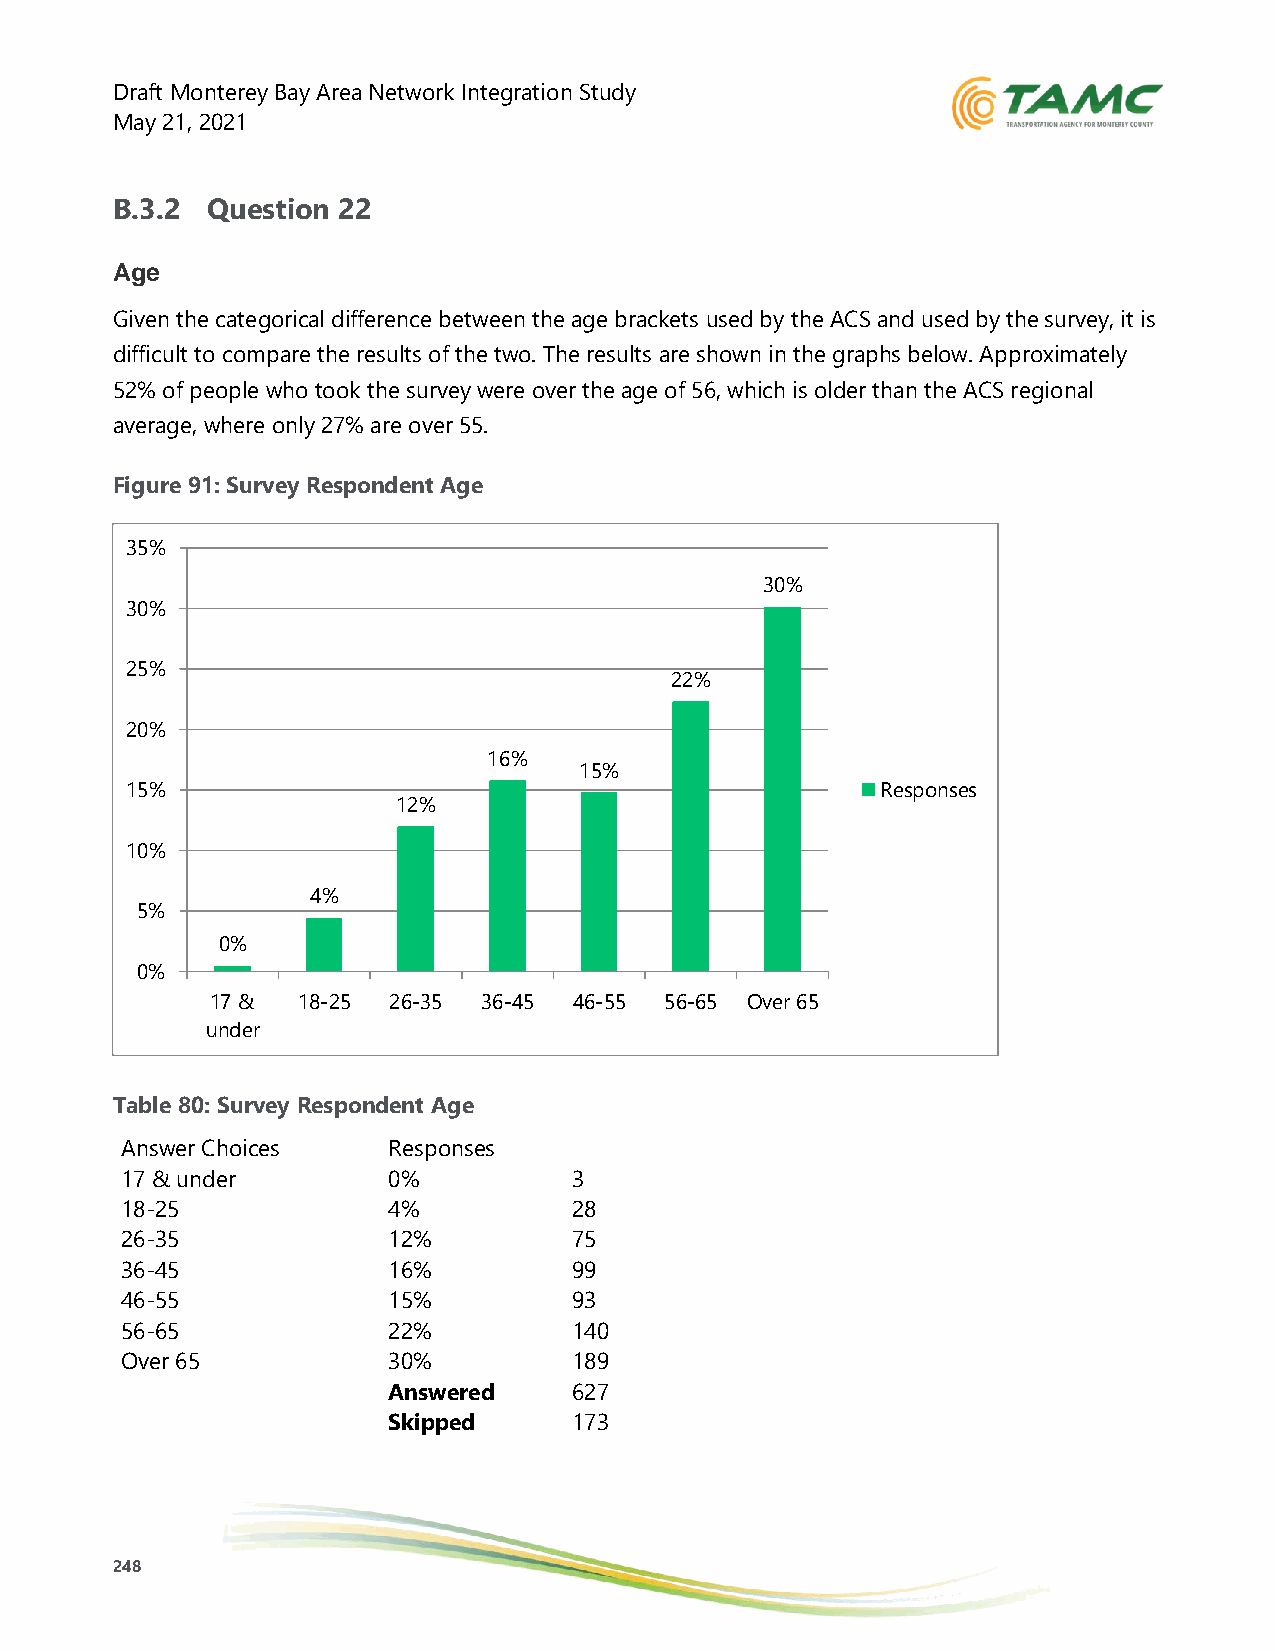
Draft Monterey Bay Area Network Integration Study
 May 21, 2021
 B.3.2  Question 22
 Age
 Given the categorical difference between the age brackets used by the ACS and used by the survey, it is
 difficult to compare the results of the two. The results are shown in the graphs below. Approximately
 52% of people who took the survey were over the age of 56, which is older than the ACS regional
 average, where only 27% are over 55.
 Figure 91: Survey Respondent Age
 35%
 30%
 30%
 25%
 22%
 20%
 16%
 15%
 15%                                               Responses
 12%
 10%
 4%
 5%
 0%
 0%
 17 &  18-25 26-35 36-45 46-55 56-65 Over 65
 under
 Table 80: Survey Respondent Age
 Answer Choices    Responses
 17 & under        0%          3
 18-25             4%          28
 26-35             12%         75
 36-45             16%         99
 46-55             15%         93
 56-65             22%         140
 Over 65           30%         189
 Answered    627
 Skipped     173
 248